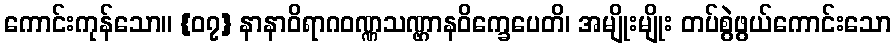
ကောင်းကုန်သော။ {၀၇} နာနာဝိရာဂဝဏ္ဏသဏ္ဌာနဝိက္ခေပေတိ၊ အမျိုးမျိုး တပ်စွဲဖွယ်ကောင်းသော